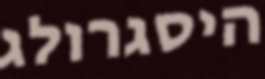
היסגרולג